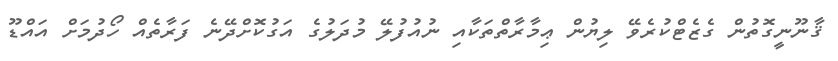
ޤާނޫނީގޮތުން ގެޒެޓްކުރެވޭ ލިޔުން ޢިމާރާތްތަކާއި ނުއުފުލޭ މުދަލުގެ އަގުކޮށްދޭނެ ފަރާތެއް ހޯދުމަށް އައްޑޫ